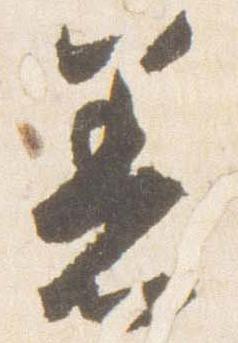
着